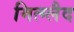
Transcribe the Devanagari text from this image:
मित्ग्लैद